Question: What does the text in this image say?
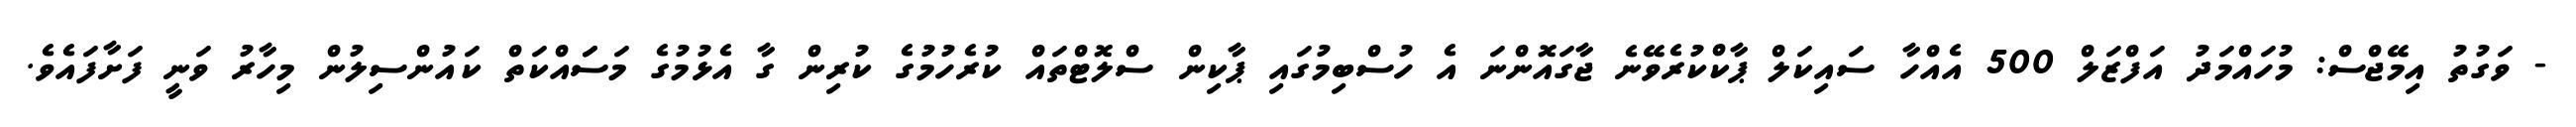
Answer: - ވަގުތު އިމޭޖްސް: މުހައްމަދު އަފްޒަލް 500 އެއްހާ ސައިކަލް ޕާކްކުރެވޭނެ ޖާގައޮންނަ އެ ހުސްބިމުގައި ޕާކިން ސްލޮޓްތައް ކުރެހުމުގެ ކުރިން ގާ އެޅުމުގެ މަސަައްކަތް ކައުންސިލުން މިހާރު ވަނީ ފަށާފައެވެ.